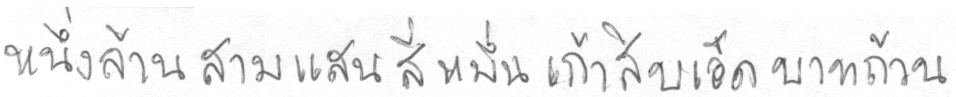
หนึ่งล้านสามแสนสี่หมื่นเก้าสิบเอ็ดบาทถ้วน